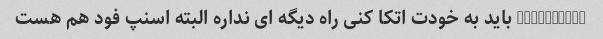
@soomaye__ باید به خودت اتکا کنی راه دیگه ای نداره البته اسنپ فود هم هست